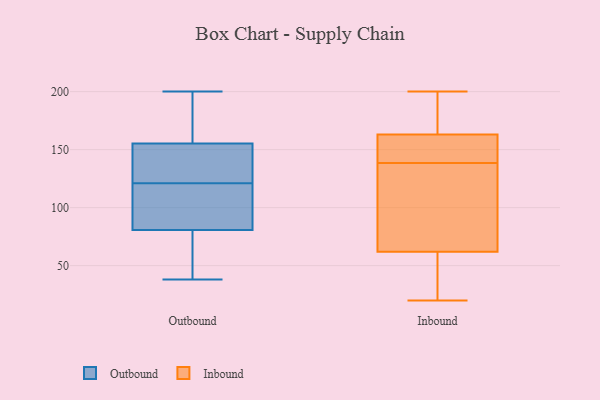
{"axis": {"x": "Humidity (%)", "y": "Value"}, "legend": ["Inbound", "Outbound"], "data": [{"x": "", "y": 131, "type": "Outbound"}, {"x": "", "y": 121, "type": "Outbound"}, {"x": "", "y": 159, "type": "Outbound"}, {"x": "", "y": 116, "type": "Outbound"}, {"x": "", "y": 150, "type": "Outbound"}, {"x": "", "y": 200, "type": "Outbound"}, {"x": "", "y": 154, "type": "Outbound"}, {"x": "", "y": 83, "type": "Outbound"}, {"x": "", "y": 71, "type": "Outbound"}, {"x": "", "y": 93, "type": "Outbound"}, {"x": "", "y": 38, "type": "Outbound"}, {"x": "", "y": 167, "type": "Outbound"}, {"x": "", "y": 74, "type": "Outbound"}, {"x": "", "y": 180, "type": "Inbound"}, {"x": "", "y": 20, "type": "Inbound"}, {"x": "", "y": 70, "type": "Inbound"}, {"x": "", "y": 163, "type": "Inbound"}, {"x": "", "y": 183, "type": "Inbound"}, {"x": "", "y": 62, "type": "Inbound"}, {"x": "", "y": 155, "type": "Inbound"}, {"x": "", "y": 109, "type": "Inbound"}, {"x": "", "y": 127, "type": "Inbound"}, {"x": "", "y": 42, "type": "Inbound"}, {"x": "", "y": 151, "type": "Inbound"}, {"x": "", "y": 46, "type": "Inbound"}, {"x": "", "y": 150, "type": "Inbound"}, {"x": "", "y": 200, "type": "Inbound"}]}